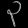
Digit: ၃